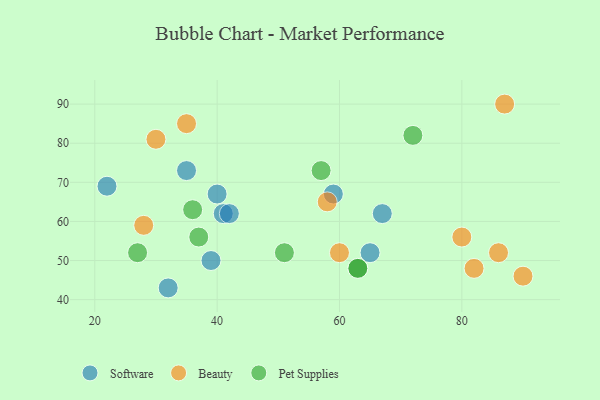
{"axis": {"x": "GDP", "y": "Life Expectancy"}, "legend": ["Beauty", "Pet Supplies", "Software"], "data": [{"x": "59", "y": 67, "type": "Software"}, {"x": "40", "y": 67, "type": "Software"}, {"x": "32", "y": 43, "type": "Software"}, {"x": "41", "y": 62, "type": "Software"}, {"x": "22", "y": 69, "type": "Software"}, {"x": "67", "y": 62, "type": "Software"}, {"x": "42", "y": 62, "type": "Software"}, {"x": "65", "y": 52, "type": "Software"}, {"x": "35", "y": 73, "type": "Software"}, {"x": "39", "y": 50, "type": "Software"}, {"x": "86", "y": 52, "type": "Beauty"}, {"x": "30", "y": 81, "type": "Beauty"}, {"x": "60", "y": 52, "type": "Beauty"}, {"x": "87", "y": 90, "type": "Beauty"}, {"x": "35", "y": 85, "type": "Beauty"}, {"x": "28", "y": 59, "type": "Beauty"}, {"x": "80", "y": 56, "type": "Beauty"}, {"x": "82", "y": 48, "type": "Beauty"}, {"x": "90", "y": 46, "type": "Beauty"}, {"x": "58", "y": 65, "type": "Beauty"}, {"x": "51", "y": 52, "type": "Pet Supplies"}, {"x": "36", "y": 63, "type": "Pet Supplies"}, {"x": "63", "y": 48, "type": "Pet Supplies"}, {"x": "57", "y": 73, "type": "Pet Supplies"}, {"x": "37", "y": 56, "type": "Pet Supplies"}, {"x": "27", "y": 52, "type": "Pet Supplies"}, {"x": "63", "y": 48, "type": "Pet Supplies"}, {"x": "72", "y": 82, "type": "Pet Supplies"}]}